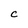
Character: C